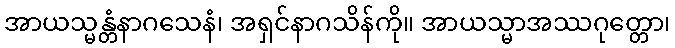
အာယသ္မန္တံနာဂသေနံ၊ အရှင်နာဂသိန်ကို။ အာယသ္မာအဿဂုတ္တော၊